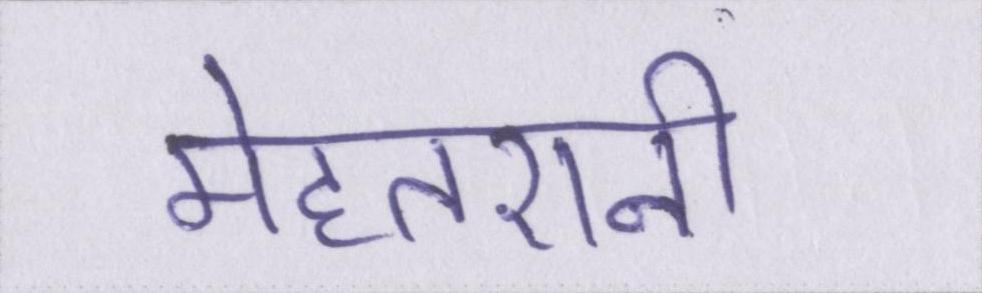
मेहतरानी